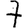
Digit: 7